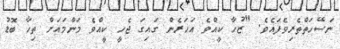
ނަސޭހަތްތެރިވެފައެވެ. "ޒުހާ ކީއްވެ އަހަރެން ގައިގަ ޖެހީ ކީއްވެ މަންމައަށް ތިހާ ބޮޑު